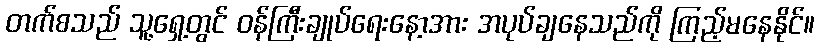
တက်စသည် သူ့ရှေ့တွင် ဝန်ကြီးချုပ်ရေးနော့အား အပုပ်ချနေသည်ကို ကြည့်မနေနိုင်။